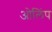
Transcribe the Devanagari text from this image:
ओलिंप